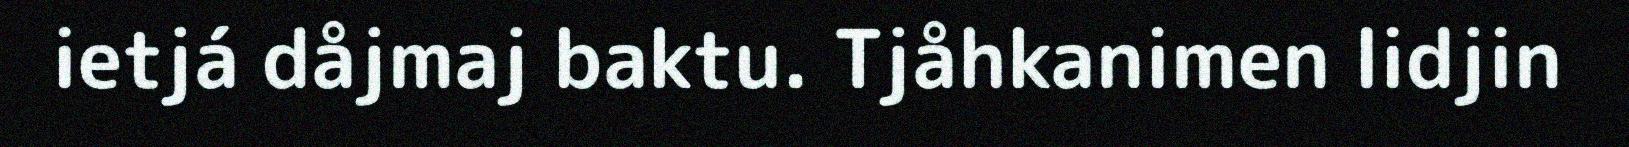
ietjá dåjmaj baktu. Tjåhkanimen lidjin